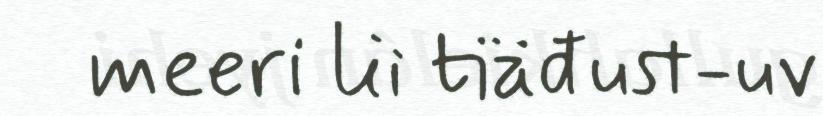
meeri lii tiäđust-uv